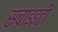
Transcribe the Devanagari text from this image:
सब्राइइटी